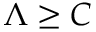
\Lambda \geq C